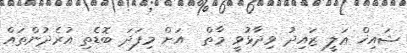
ޝައިޚް ޢަލީ ޒައިދު ވިދާޅުވީ މާތް  އަށް މިފަދަ ބޮޑެތި އުރެދުންތައް